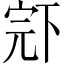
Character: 𱍝